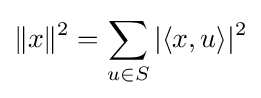
\|x\|^{2}=\sum _{u\in S}|\langle x,u\rangle |^{2}